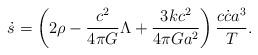
LaTeX: \begin{align*}\dot{s}=\left(2\rho-{c^2\over{4\pi G}}\Lambda+{{3kc^2}\over{4\pi Ga^2}}\right){{c\dot{c}a^3}\over T}.\end{align*}